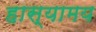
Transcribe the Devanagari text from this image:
हास्यामय